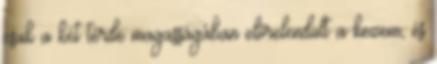
csak a két térde magasságában előrelendült a kezem, és